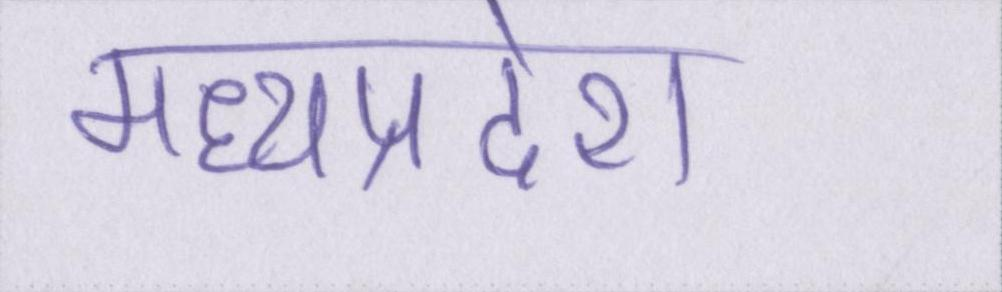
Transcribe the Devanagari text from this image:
मध्यप्रदेश